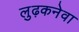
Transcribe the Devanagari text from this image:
लुढ़कनेवा